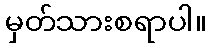
မှတ်သားစရာပါ။